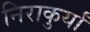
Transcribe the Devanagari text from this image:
निराकुर्यां